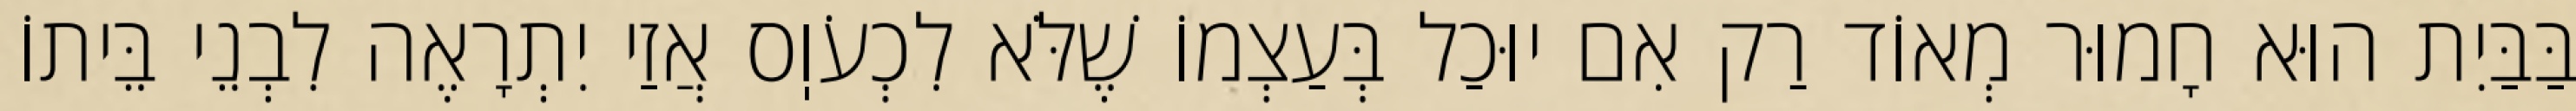
בַּבַּיִת הוּא חָמוּר מְאוֹד רַק אִם יוּכַל בְּעַצְמוֹ שֶׁלֹּא לִכְעֹוֽס אֲזַי יִתְרָאֶה לִבְנֵי בֵּיתוֹ